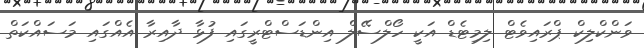
ވަންކްލިކް ޕްރައިވެޓް ލިމިޓެޑް އަކީ ހޯލްސޭލް އިންޑަސްޓްރީގައި ފުޅާ ދާއިރާ އެއްގައި މަސައްކަތް